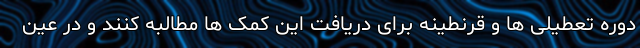
دوره تعطیلی ها و قرنطینه برای دریافت این کمک ها مطالبه کنند و در عین